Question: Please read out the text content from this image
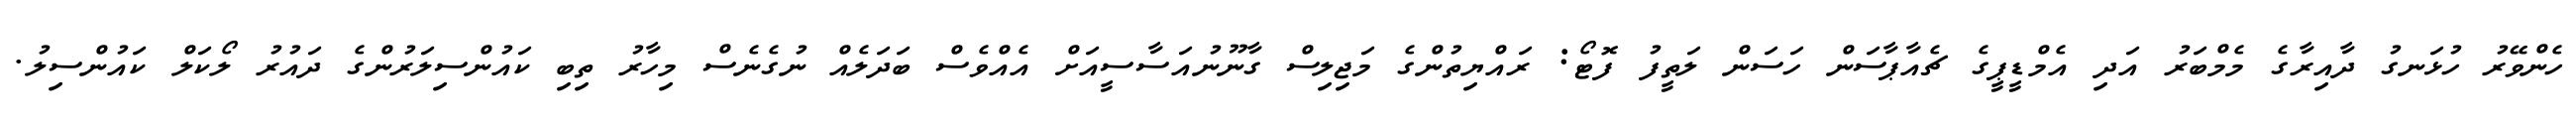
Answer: ހެންވޭރު ހުޅަނގު ދާއިރާގެ މެމްބަރު އަދި އެމްޑީޕީގެ ޗެއާޕާސަން ހަސަން ލަތީފު ފޮޓޯ: ރައްޔިތުންގެ މަޖިލިސް ގާނޫނުއަސާސީއަށް އެއްވެސް ބަދަލެއް ނުގެނެސް މިހާރު ތިބި ކައުންސިލަރުންގެ ދައުރު ލޯކަލް ކައުންސިލު.